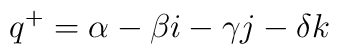
q^+=\alpha - \beta i -\gamma j - \delta k